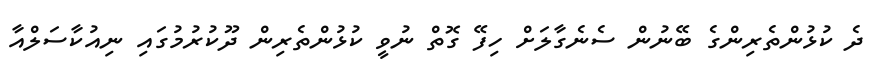
ދެ ކުޅުންތެރިންގެ ބޭނުން ސެނެގާލަށް ހިފޭ ގޮތް ނުވީ ކުޅުންތެރިން ދޫކުރުމުގައި ނިއުކާސަލްއާ